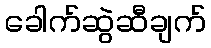
ခေါက်ဆွဲဆီချက်